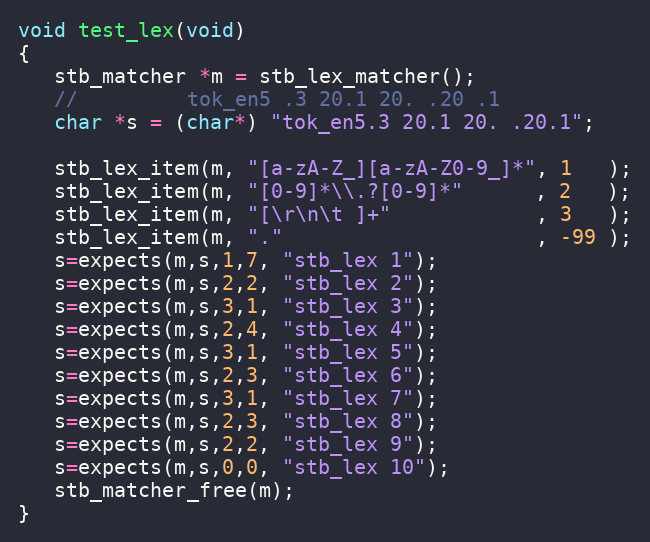
Language: C++
void test_lex(void)
{
   stb_matcher *m = stb_lex_matcher();
   //         tok_en5 .3 20.1 20. .20 .1
   char *s = (char*) "tok_en5.3 20.1 20. .20.1";

   stb_lex_item(m, "[a-zA-Z_][a-zA-Z0-9_]*", 1   );
   stb_lex_item(m, "[0-9]*\\.?[0-9]*"      , 2   );
   stb_lex_item(m, "[\r\n\t ]+"            , 3   );
   stb_lex_item(m, "."                     , -99 );
   s=expects(m,s,1,7, "stb_lex 1");
   s=expects(m,s,2,2, "stb_lex 2");
   s=expects(m,s,3,1, "stb_lex 3");
   s=expects(m,s,2,4, "stb_lex 4");
   s=expects(m,s,3,1, "stb_lex 5");
   s=expects(m,s,2,3, "stb_lex 6");
   s=expects(m,s,3,1, "stb_lex 7");
   s=expects(m,s,2,3, "stb_lex 8");
   s=expects(m,s,2,2, "stb_lex 9");
   s=expects(m,s,0,0, "stb_lex 10");
   stb_matcher_free(m);
}